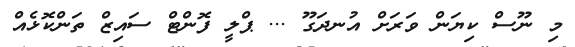
މި ނޫސް ކިޔަން ވަރަށް އުނދަގޫ ... ޕްލީ ފޮންޓް ސައިޒް ތަންކޮޅެއް